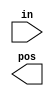
// Build a priority encoder for 8-bit inputs. Given an 8-bit vector, 
// the output should report the first (least significant) bit in the vector that is 1. 
// Report zero if the input vector has no bits that are high. 
// For example, the input 8'b10010000 should output 3'd4, because bit[4] is first bit that is high.

// synthesis verilog_input_version verilog_2001
module top_module (
    input [7:0] in,
    output reg [2:0] pos );

    // Insert your code here

endmodule